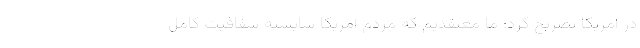
در آمریکا تصریح کرد: ما معتقدیم که مردم آمریکا شایسته شفافیت کامل